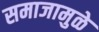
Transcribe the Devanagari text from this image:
समाजामुळे